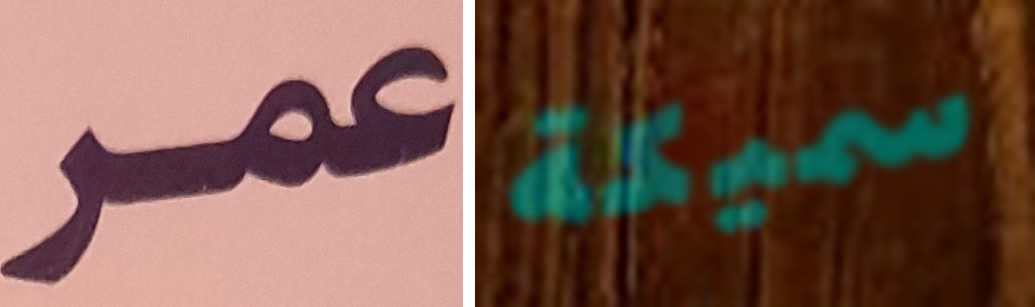
عمر سميكة